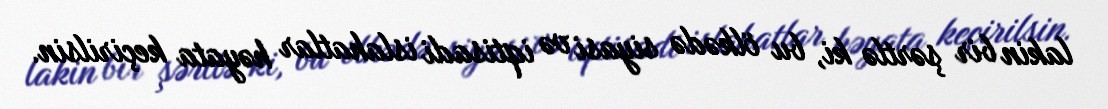
lakin bir şərtlə ki, bu ölkədə siyasi və iqtisadi islahatlar həyata keçirilsin.